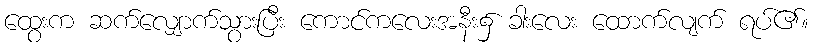
ထွေးက ဆက်လျှောက်သွားပြီး ကောင်ကလေးအနီး၌ ခါးလေး ထောက်လျက် ရပ်၏။